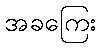
အခကြေး